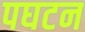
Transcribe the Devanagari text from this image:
पघटन